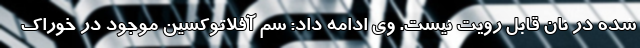
شده در نان قابل رویت نیست. وی ادامه داد: سم آفلاتوکسین موجود در خوراک